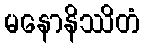
မနောနိဿိတံ